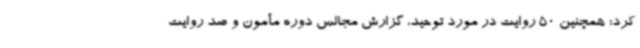
کرد: همچنین 50 روایت در مورد توحید، گزارش مجالس دوره مأمون و صد روایت